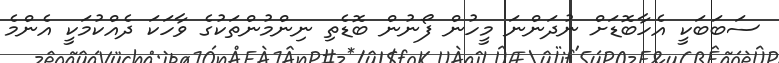
ސަބަބަކީ އެހާބޮޑަށް ނުދަންނަ މީހުން ފޯނުން ބޮޑެތި ނިންމުންތަކުގެ ވާހަކަ ދެއްކުމަކީ އެންމެ